Tartu_linnavalitsus, lk 91
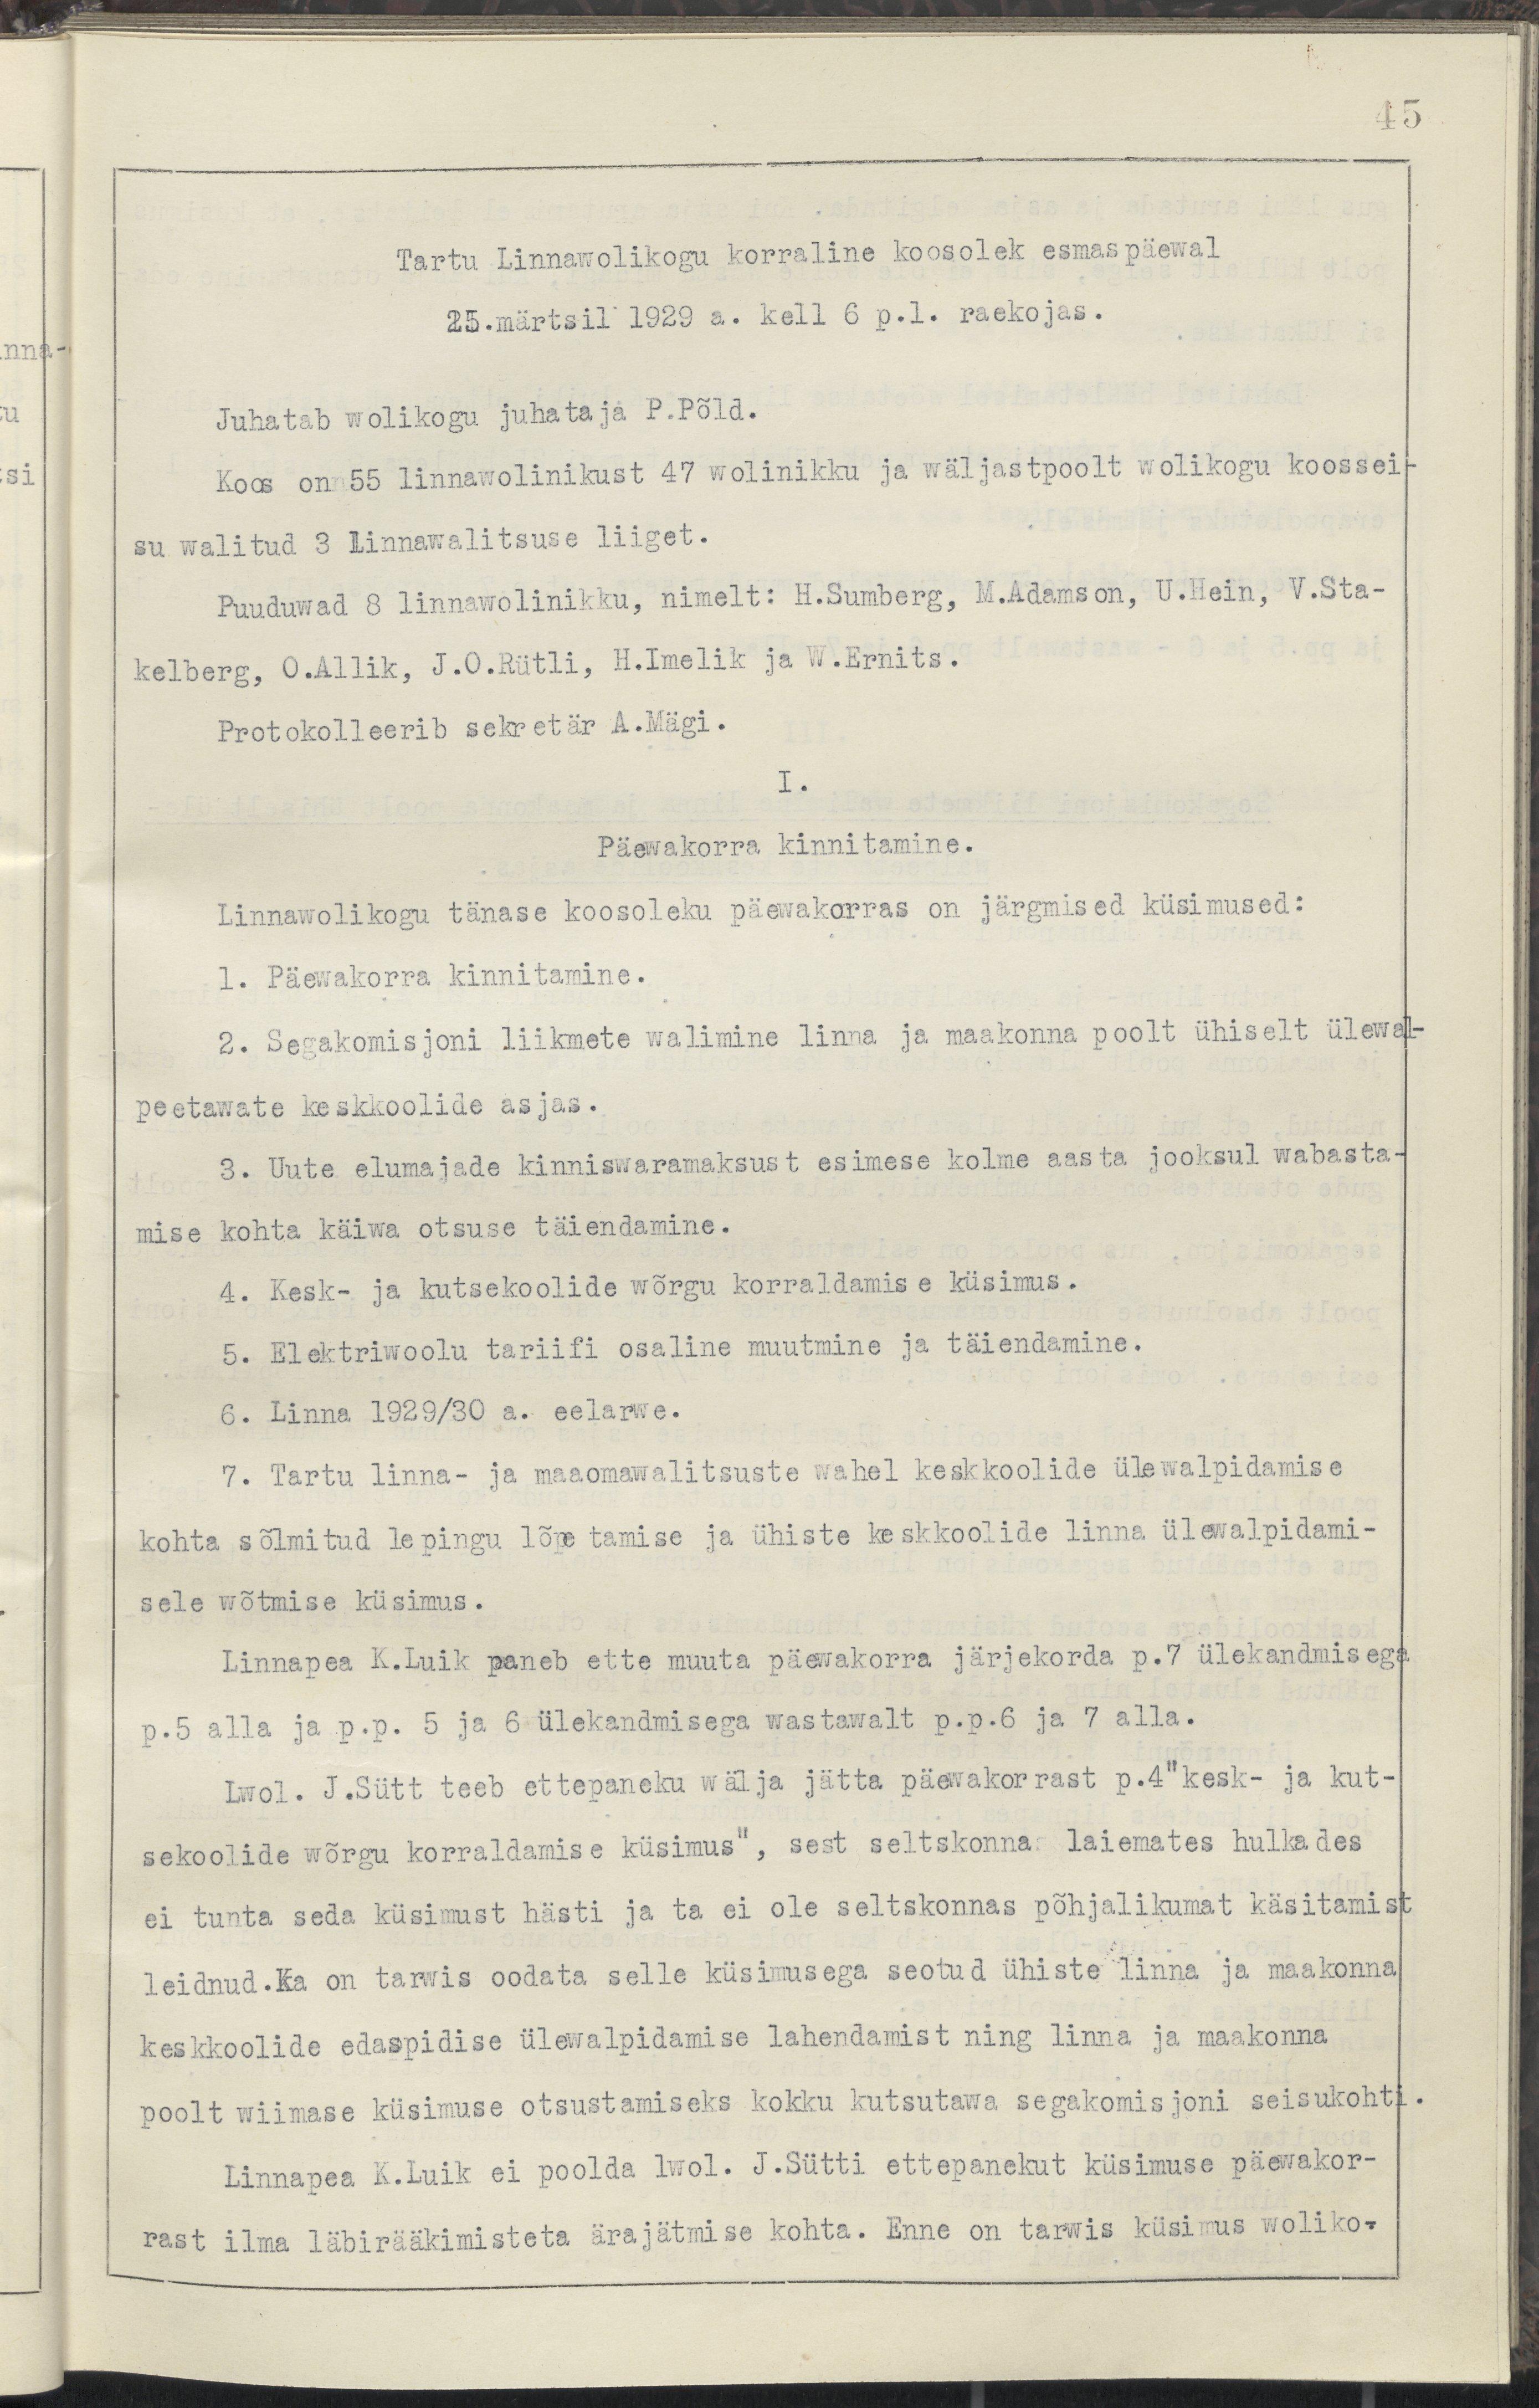
45
Tartu Linnawolikogu korraline koosolek esmaspäewal
25.märtsil 1929 a. kell 6 p.l. raekojas.
Juhatab wolikogu juhataja P.Põld.
Koos on 55 linnawolinikust 47 wolinikku ja wäljastpoolt wolikogu koossei-
su walitud 2 Linnawalitsuse liiget.
Puuduwad 8 linnawolinikku, nimelt: H. Sumberg, M. Adamson, U. Hein, V. Sta-
kelberg, O. Allik, J.O. Rütli, H. Imelik ja V. Ernits.
Protokolleerib sekretär A.Mägi.
I.
Päewakorra kinnitamine.
Linnawolikogu tänase koosoleku päewakorras on järgmised küsimused:
1. Päewakorra kinnitamine.
2. Segakomisjoni liikmete walimine ja linna ja maakonna poolt ühiselt ülewal-
peetawate keskkoolide asjas.
3. Uute elumajade kinniswaramaksust esimese kolme aasta jooksul wabasta-
mise kohta käiwa otsuse täiendamine. 
4. Kesk- ja kutsekoolide wõrgu korraldamise küsimus.
5. Elektriwoolu tariifi osaline muutmine ja täiendamine.
6. Linna 1929/1930 a. eelarwe.
7. Tartu linna- ja maaomawalitsuste wahel keskkoolide ülewalpidamise
kohta sõlmitud lepingu lõpetamise ja ühiste keskkoolide linna ülewalpidami-
sele wõtmise küsimus.
Linnapea K.Luik paneb ette muuta päewakorra järjekorda p.7 ülekandmisega
p.5 alla p.p. 5 ja 6 ülekandmisega wastawalt p.p.6 ja 7 alla.
Lwol. J.Sütt teeb ettepaneku wälja jätta päewakorrast p.4"kesk- ja kut-
sekoolide wõrgu korraldamise küsimus", sest seltskonna laiemates hulkades
ei tunta seda küsimust hästi ja ta ei ole seltskonnas põhjalikumat käsitamist
leidnud.Ka on tarwis oodata selle küsimusega seotud ühiste linna ja maakonna
keskkoolide edaspidise ülewalpidamise lahendamist ning linna ja maakonna
poolt wiimase küsimuse otsustamiseks kokku kutsutawa segakomisjoni seisukohti.
Linnapea K.Luik ei poolda lwol. J.Sütti ettepanekut küsimuse päewakor-
rast ilma läbirääkimmisteta ärajätmise kohta. Enne on tarwis küsimus woliko-